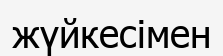
жүйкесімен